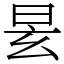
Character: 𣆂